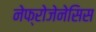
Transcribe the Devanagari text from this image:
नेफ्रोजेनेसिस